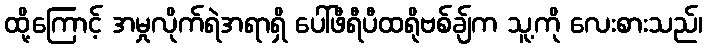
ထို့ကြောင့် အမှုလိုက်ရဲအရာရှိ ပေါ်ဖီရီပီထရိုဗစ်ချ်က သူ့ကို လေးစားသည်၊